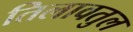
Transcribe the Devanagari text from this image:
तिलावतुल